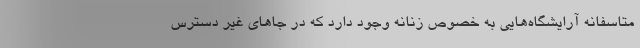
متاسفانه آرایشگاه‌هایی به خصوص زنانه وجود دارد که در جاهای غیر دسترس